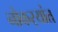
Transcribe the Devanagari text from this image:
नोकर्‍यांत